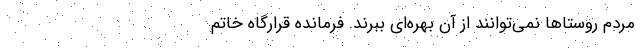
مردم روستاها نمی‌توانند از آن بهره‌ای ببرند. فرمانده قرارگاه خاتم